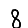
Digit: 8